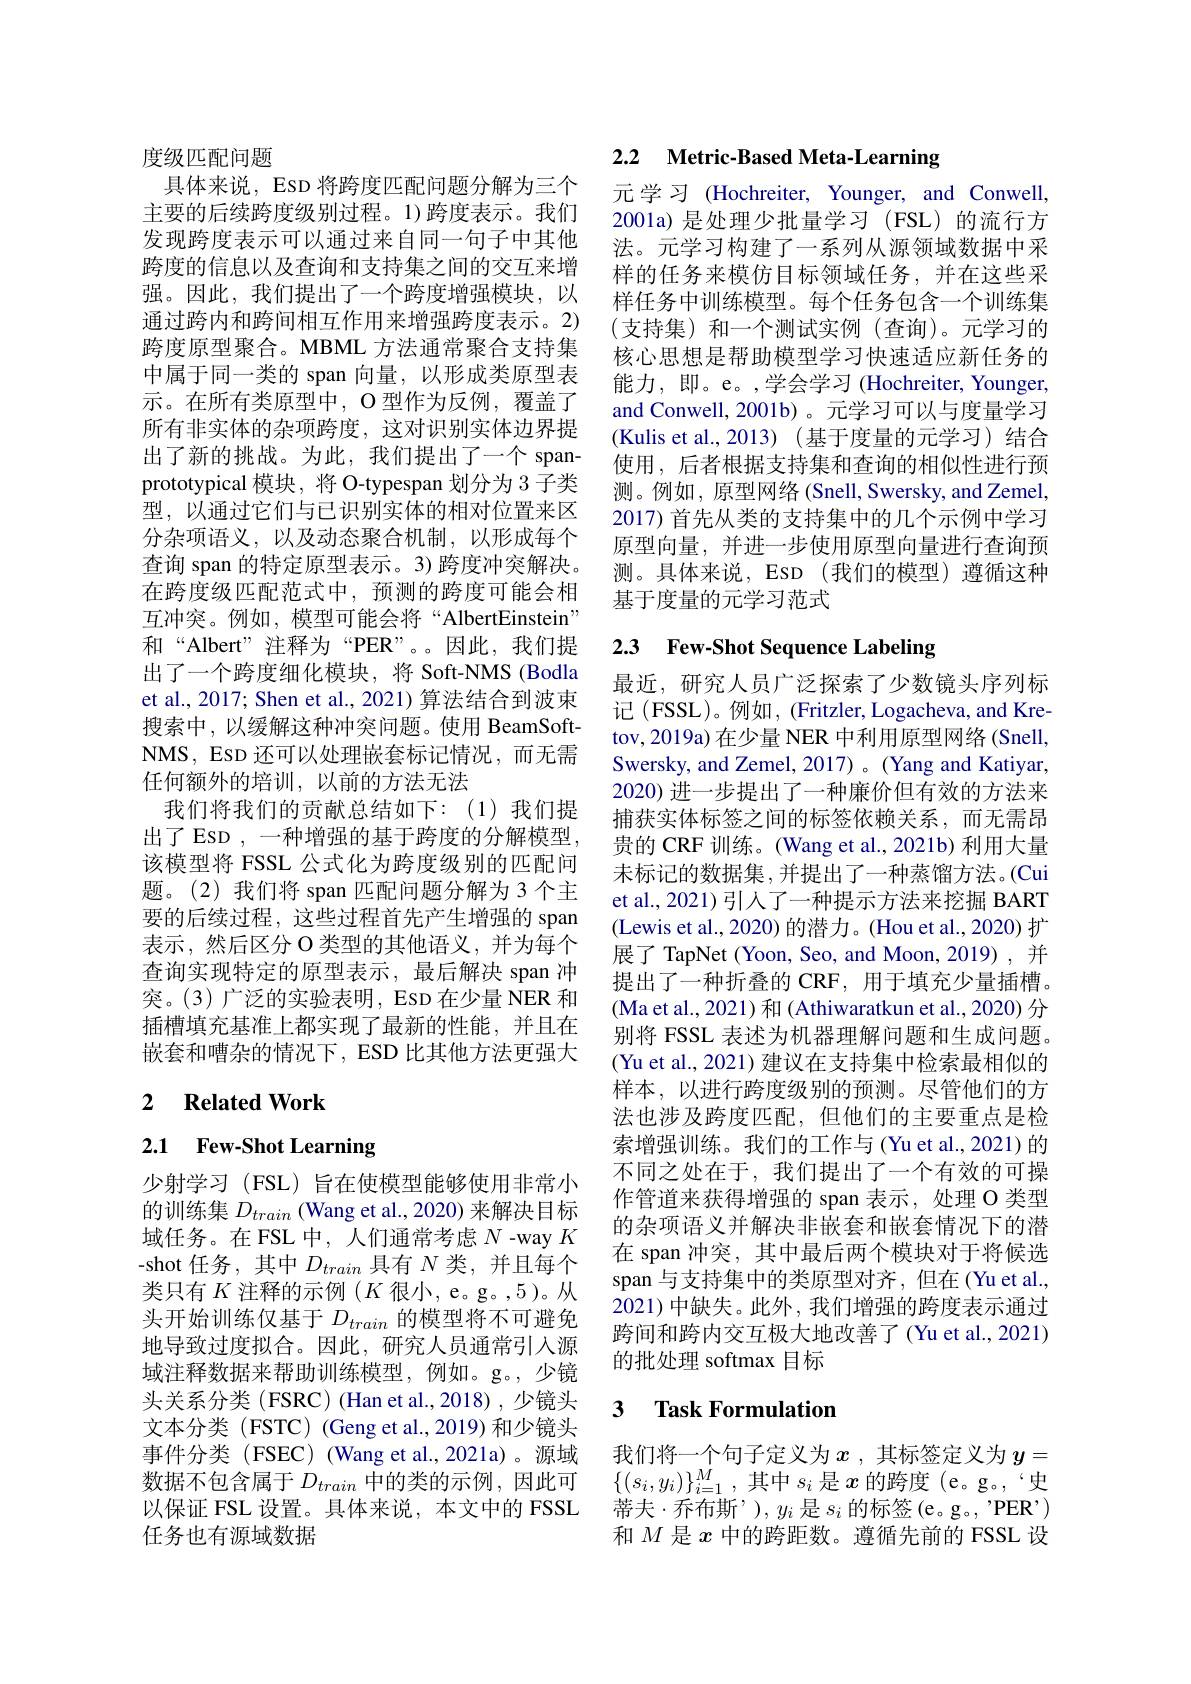
度级匹配问题
具体来说，EsD 将跨度匹配问题分解为三个主要的后续跨度级别过程。1)跨度表示。我们发现跨度表示可以通过来自同一句子中其他跨度的信息以及查询和支持集之间的交互来增强。因此，我们提出了一个跨度增强模块，以通过跨内和跨间相互作用来增强跨度表示。2) 跨度原型聚合。MBML 方法通常聚合支持集中属于同一类的 span 向量，以形成类原型表示。在所有类原型中，O 型作为反例，覆盖了所有非实体的杂项跨度，这对识别实体边界提出了新的挑战。为此，我们提出了一个 spanprototypical 模块，将 O-typespan 划分为 3 子类型，以通过它们与已识别实体的相对位置来区分杂项语义，以及动态聚合机制，以形成每个查询 span 的特定原型表示。3) 跨度冲突解决。在跨度级匹配范式中，预测的跨度可能会相互冲突。例如，模型可能会将“AlbertEinstein” 和“Albert”注释为“PER”。。因此，我们提出了一个跨度细化模块，将 Soft-NMS (Bodla et al., 2017; Shen et al., 2021) 算法结合到波束搜索中，以缓解这种冲突问题。使用 BeamSoftNMS,ESD 还可以处理嵌套标记情况，而无需任何额外的培训，以前的方法无法
我们将我们的贡献总结如下：(1)我们提出了 ESD , 一种增强的基于跨度的分解模型， 该模型将 FSSL 公式化为跨度级别的匹配问题。(2)我们将 span 匹配问题分解为 3 个主要的后续过程，这些过程首先产生增强的 span 表示，然后区分 O 类型的其他语义，并为每个查询实现特定的原型表示，最后解决 span 冲突。(3)广泛的实验表明，ESD 在少量 NER 和插槽填充基准上都实现了最新的性能，并且在嵌套和嘈杂的情况下，ESD 比其他方法更强大

## 2 $\textbf{Related Work}$

# 2.1 Few-Shot Learning

少射学习 (FSL) 旨在使模型能够使用非常小的训练集$D_{train}$ (Wang et al., 2020) 来解决目标域任务。在FSL 中，人们通常考虑$N$ -way $K$ -shot 任务，其中$D_{train}$具有$N$类，并且每个类只有$K$注释的示例($K$很小，e。g。,5)。从头开始训练仅基于$D_train$ 的模型将不可避免地导致过度拟合。因此，研究人员通常引入源域注释数据来帮助训练模型，例如。g。,少镜头关系分类(FSRC)(Han et al.,2018),少镜头文本分类 (FSTC) (Geng et al.,2019) 和少镜头事件分类 (FSEC) (Wang et al.,2021a)。源域数据不包含属于$D_train$中的类的示例，因此可以保证 FSL 设置。具体来说，本文中的 FSSL 任务也有源域数据

# 2.2 Metric-Based Meta-Learning

元学习 (Hochreiter, Younger, and Conwell, 2001a)是处理少批量学习 (FSL)的流行方法。元学习构建了一系列从源领域数据中采样的任务来模仿目标领域任务，并在这些采样任务中训练模型。每个任务包含一个训练集(支持集)和一个测试实例(查询)。元学习的核心思想是帮助模型学习快速适应新任务的能力，即。e。,学会学习 (Hochreiter, Younger, and Conwell, 2001b)。元学习可以与度量学习(Kulis et al., 2013)(基于度量的元学习) 结合使用，后者根据支持集和查询的相似性进行预测。例如，原型网络 (Snell, Swersky, and Zemel, 2017) 首先从类的支持集中的几个示例中学习原型向量，并进一步使用原型向量进行查询预测。具体来说，ESD(我们的模型)遵循这种基于度量的元学习范式

# 2.3 Few-Shot Sequence Labeling

最近，研究人员广泛探索了少数镜头序列标记 (FSSL)。例如，(Fritzler, Logacheva, and Kretov, 2019a) 在少量 NER 中利用原型网络 (Snell, Swersky, and Zemel, 2017) 。(Yang and Katiyar, 2020) 进一步提出了一种廉价但有效的方法来捕获实体标签之间的标签依赖关系，而无需昂贵的 CRF 训练。(Wang et al., 2021b) 利用大量未标记的数据集，并提出了一种蒸馏方法。(Cui et al., 2021) 引人了一种提示方法来挖掘 BART (Lewis et al., 2020) 的潜力。(Hou et al., 2020) 扩展了 TapNet ( Yoon, Seo, and Moon, 2019) , 并提出了一种折叠的 CRF, 用于填充少量插槽。(Ma et al., 2021) 和 (Athiwaratkun et al., 2020) 分别将 FSSL 表述为机器理解问题和生成问题。(Yu et al., 2021) 建议在支持集中检索最相似的样本，以进行跨度级别的预测。尽管他们的方法也涉及跨度匹配，但他们的主要重点是检索增强训练。我们的工作与(Yu et al.,2021)的不同之处在于，我们提出了一个有效的可操作管道来获得增强的 span 表示，处理 O 类型的杂项语义并解决非嵌套和嵌套情况下的潜在 span 冲突，其中最后两个模块对于将候选span 与支持集中的类原型对齐，但在(Yu et al., 2021) 中缺失。此外，我们增强的跨度表示通过跨间和跨内交互极大地改善了(Yu et al., 2021) 的批处理 softmax 目标

### 3 $\textbf{Task Formulation}$

我们将一个句子定义为$x$ ,其标签定义为$y=$ $\{(s_i,y_i)\}_{i=1}^M$,其中$s_i$是$x$的跨度(e。g。,“史蒂夫·乔布斯”), $y_i$是$s_i$的标签(e。g。, 'PER’) 和$M$是$x$中的跨距数。遵循先前的 FSSL 设